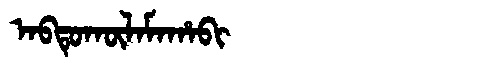
Manchu: ᠠᠪᡨᡠᡴᡡᠯᠠᠮᠠᡥᠠᠪᡳ
Romanization: ABTUKŪLAMAHABI